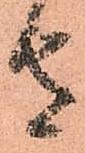
者